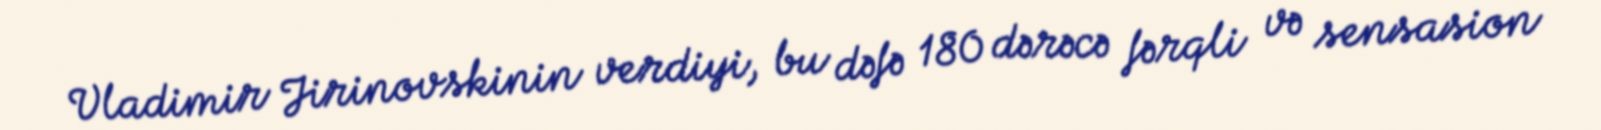
Vladimir Jirinovskinin verdiyi, bu dəfə 180 dərəcə fərqli və sensasion